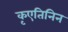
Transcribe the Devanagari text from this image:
कृएतिनिन